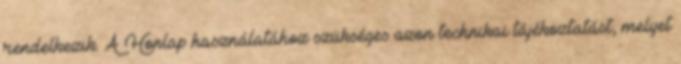
rendelkezik. A Honlap használatához szükséges azon technikai tájékoztatást, melyet